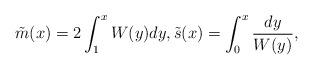
LaTeX: \begin{align*}\tilde{m}(x) = 2\int_{1}^{x}W(y)dy, \tilde{s}(x) = \int_{0}^{x}\frac{dy}{W(y)}, \end{align*}